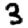
Digit: 3